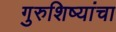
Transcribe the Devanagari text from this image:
गुरुशिष्यांचा